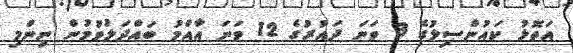
އަތޮޅު ކައުންސިލުގެ 3 ވަނަ ދައުރުގެ 12 ވަނަ އާއްމު ބައްދަލުވުމުން ނިންމި